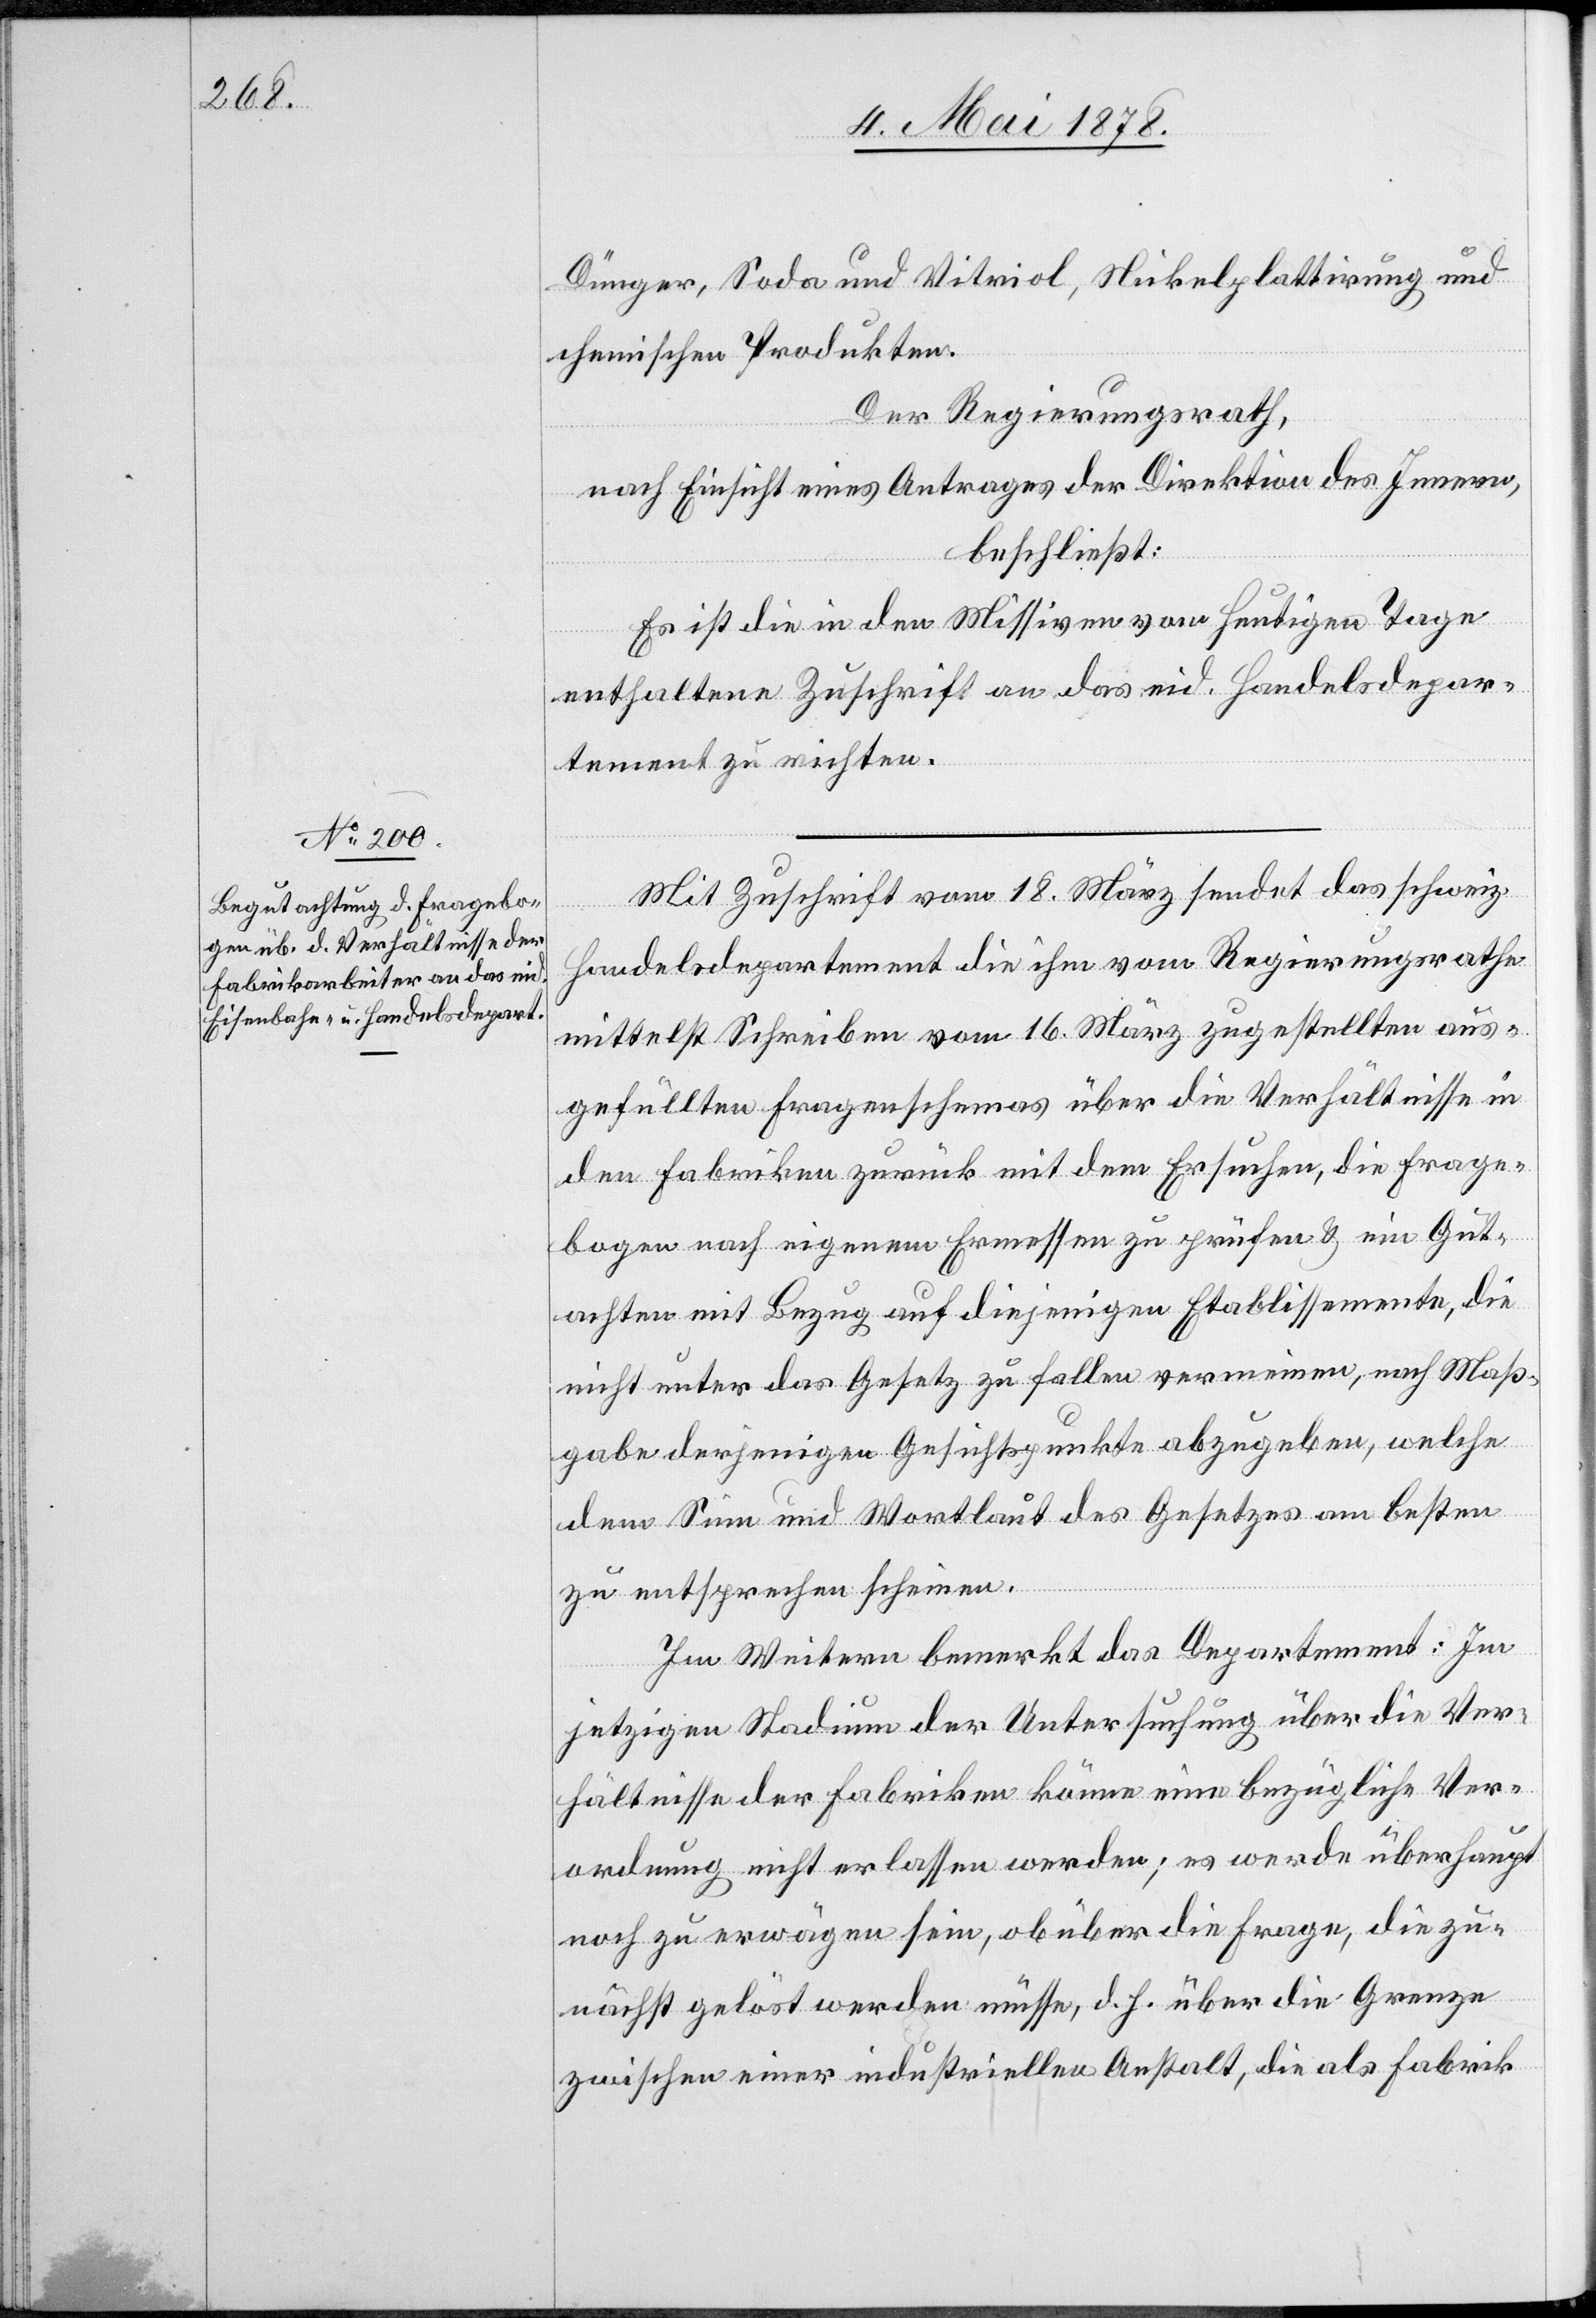
Dünger, Soda und Vitriol, Nikelplattirung und
chemischen Produkten.
Der Regierungsrath,
nach Einsicht eines Antrages der Direktion des Innern,
beschließt:
Es ist die in den Missiven vom heutigen Tage
enthaltene Zuschrift an das eid. Handelsdepar¬
tement zu richten.
Mit Zuschrift vom 18. März sendet das schweiz.
Handelsdepartement die ihm vom Regierungsrathe
mittelst Schreiben vom 16. März zugestellten aus¬
gefüllten Fragenschemas über die Verhältnisse in
den Fabriken zurück mit dem Ersuchen, die Frage¬
bogen nach eigenem Ermessen zu prüfen & ein Gut¬
achten mit Bezug auf diejenigen Etablissemente, die
nicht unter das Gesetz zu fallen vermeinen, nach Maß¬
gabe derjenigen Gesichtspunkte abzugeben, welche
dem Sinn und Wortlaut des Gesetzes am besten
zu entsprechen scheinen.
Im Weitern bemerkt das Departement: Im
jetzigen Stadium der Untersuchung über die Ver¬
hältnisse der Fabriken könne eine bezügliche Ver¬
ordnung nicht erlassen werden; es werde überhaupt
noch zu erwägen sein, ob über die Frage, die zu¬
nächst gelöst werden müsse, d. h. über die Grenze
zwischen einer industriellen Anstalt, die als Fabrik